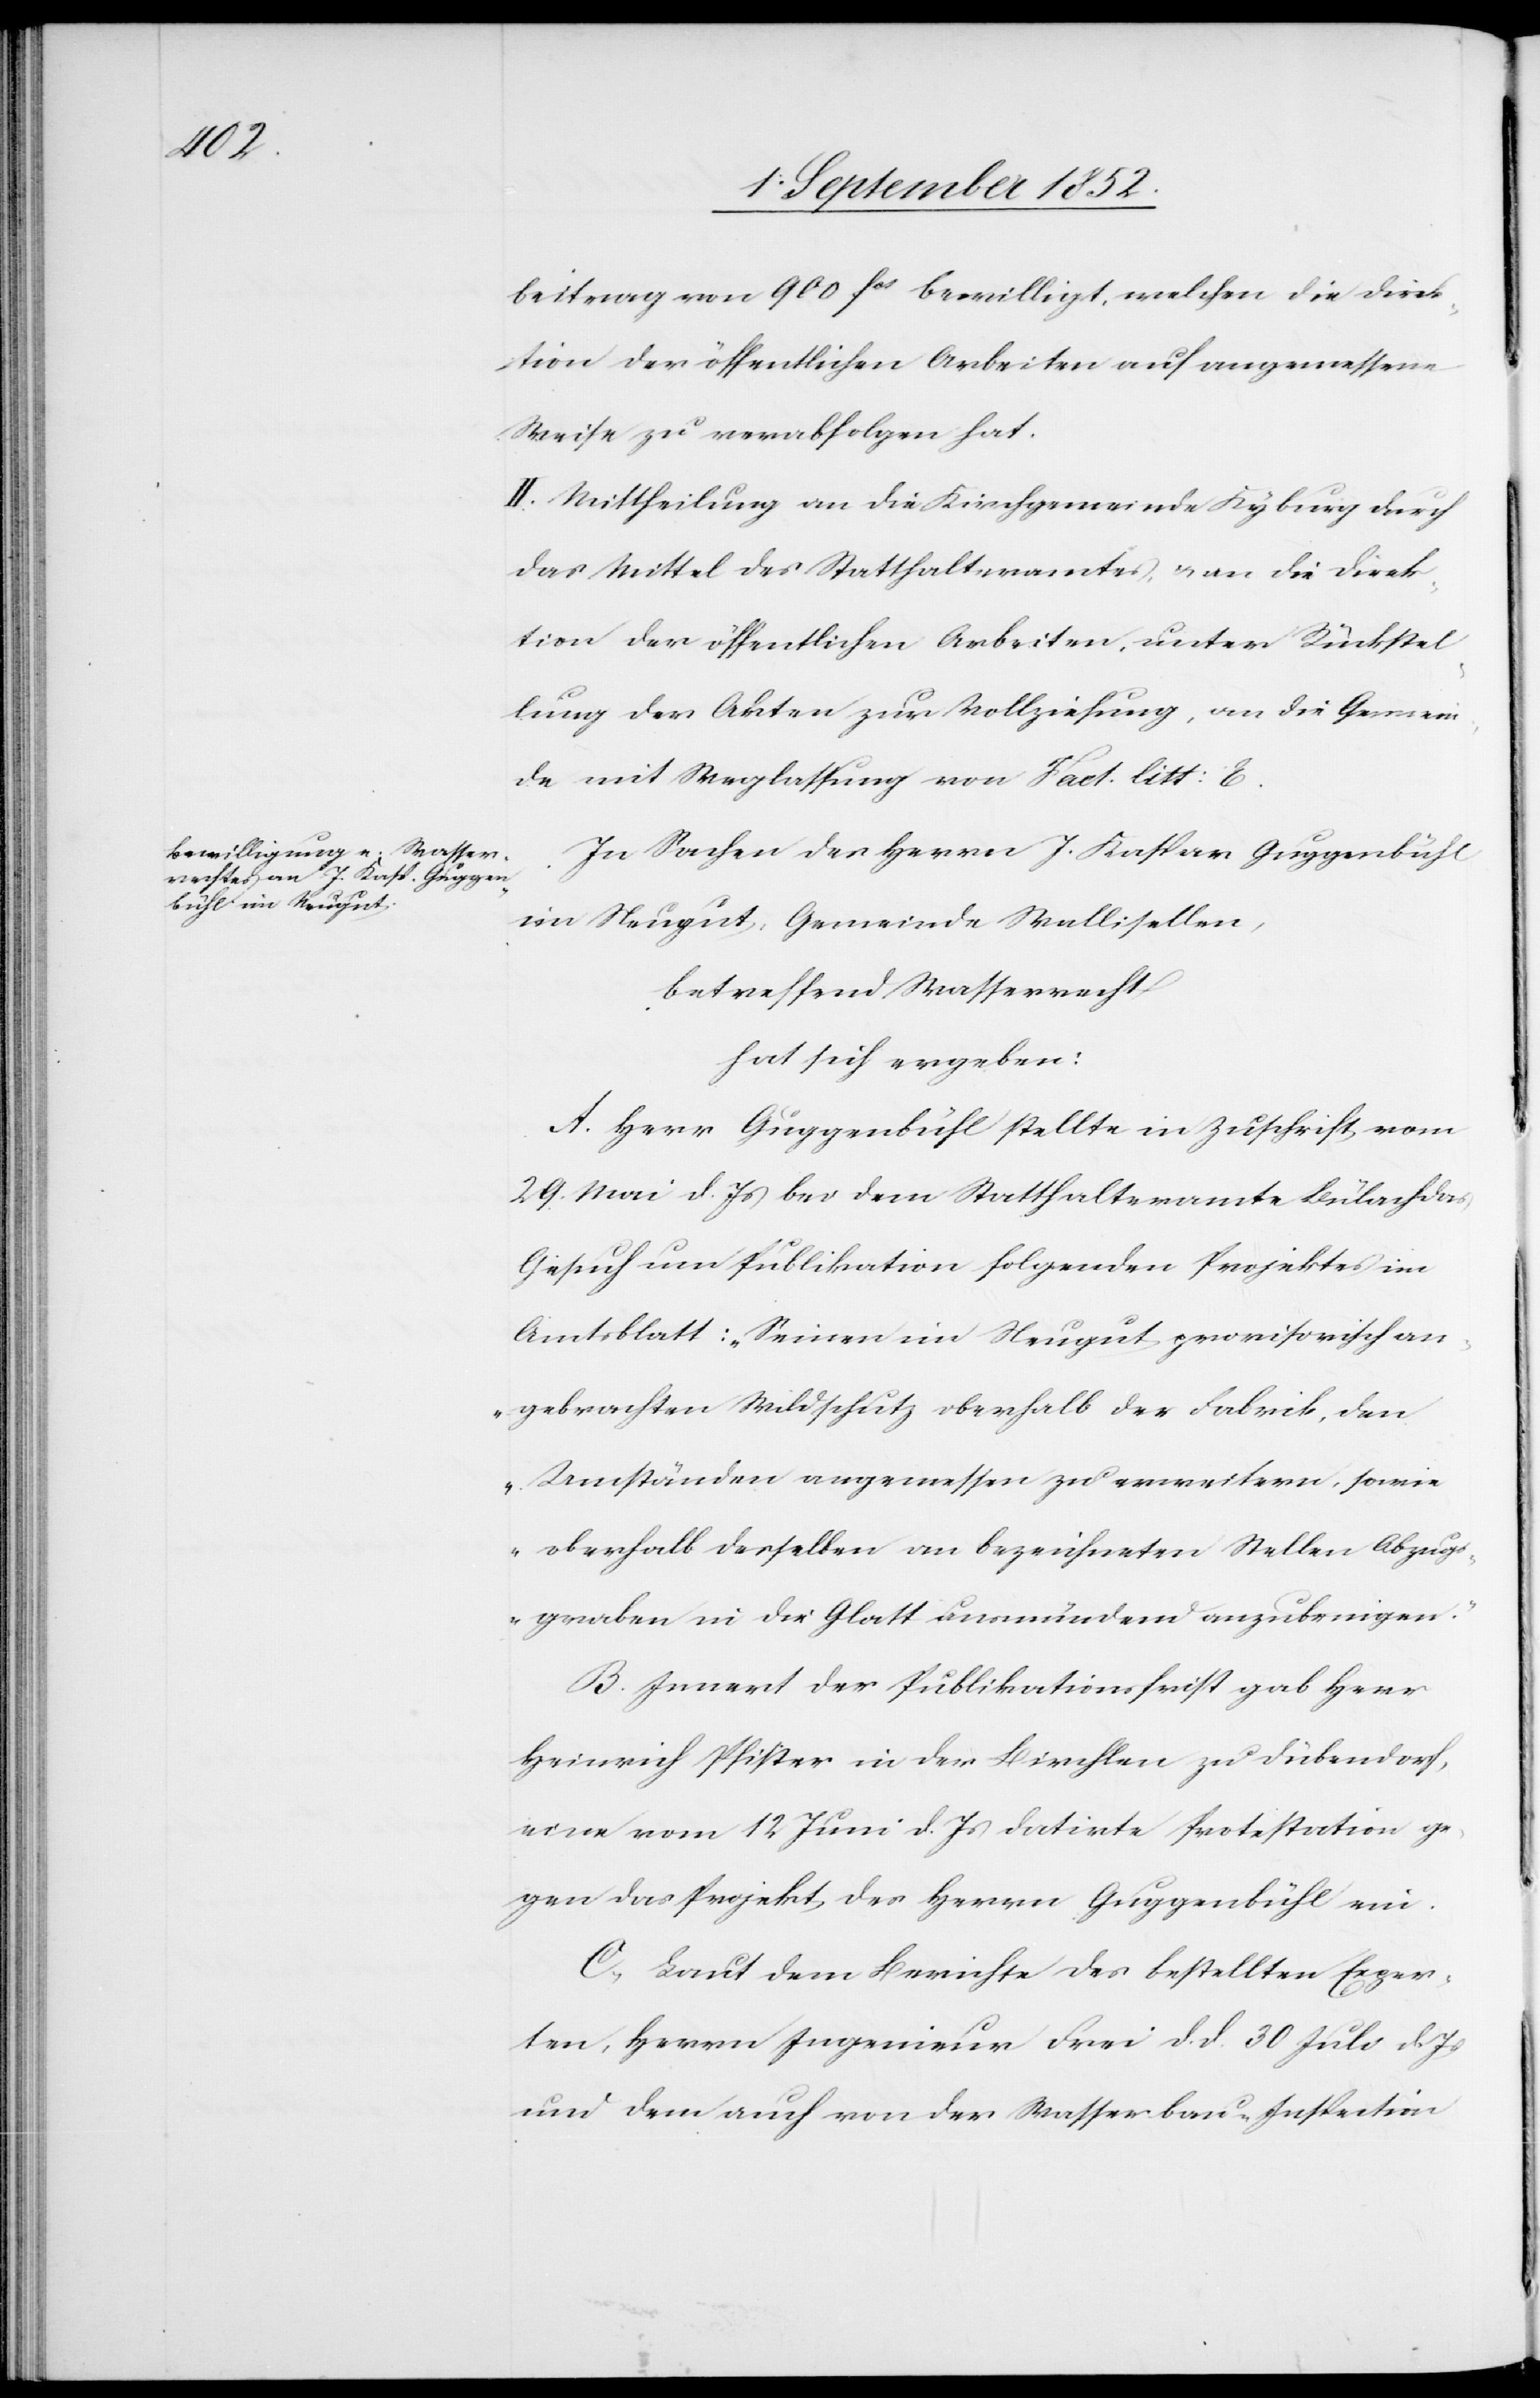
beitrag von 900 fcs bewilligt, welchen die Direk¬
tion der öffentlichen Arbeiten auf angemessene
Weise zu verabfolgen hat.
II. Mittheilung an die Kirchgemeinde Kyburg durch
das Mittel des Statthalteramtes, & an die Direk¬
tion der öffentlichen Arbeiten, unter Rückstel¬
lung der Akten zur Vollziehung, an die Gemein¬
de mit Weglassung von Fact. litt: E.
In Sachen des Herrn J. Kaspar Guggenbühl
im Neugut, Gemeinde Wallisellen,
betreffend Wasserrecht
hat sich ergeben:
A. Herr Guggenbühl stellte in Zuschrift vom
29 Mai d. Js bei dem Statthalteramte Bülach das
Gesuch um Publikation folgenden Projektes im
Amtsblatt: „Seinen im Neugut provisorisch an¬
gebrachten Wildschutz oberhalb der Fabrik, den
Umständen angemessen zu erweitern, sowie
oberhalb desselben an bezeichneten Stellen Abzug¬
sgraben in die Glatt ausmündend anzubringen.“
B. Innert der Publikationsfrist gab Herr
Heinrich Pfister in der Birchlen zu Dübendorf,
eine vom 12 Juni d. Js datirte Protestation ge¬
gen das Projekt des Herrn Guggenbühl ein.
C, Laut dem Berichte des bestellten Exper¬
ten, Herrn Ingenieur Frei d. d. 30 Juli d. Js
und dem auch von der Wasserbau-Inspection